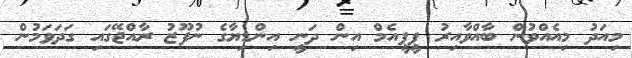
މިއަދު މިއެއްވުން ބާއްވާއިރު ޕީޕީއެމް އިން ދަނީ އިންޑިޔާގެ ނުފޫޒު ރާއްޖޭގައި ގަދަވަމުން